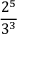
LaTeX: \frac { 2 ^ { 5 } } { 3 ^ { 3 } }